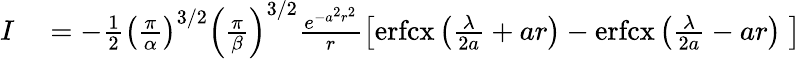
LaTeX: \begin{array}{rl}{I}&{{}=-\frac{1}{2}\left(\frac{\pi}{\alpha}\right)^{3/2}\left(\frac{\pi}{\beta}\right)^{3/2}\frac{e^{-a^{2}r^{2}}}{r}\left[\mathrm{erfcx}\left(\frac{\lambda}{2a}+ar\right)-\mathrm{erfcx}\left(\frac{\lambda}{2a}-ar\right)\; \right]}\end{array}